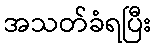
အသတ်ခံရပြီး